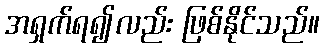
အရှက်ရ၍လည်း ဖြစ်နိုင်သည်။